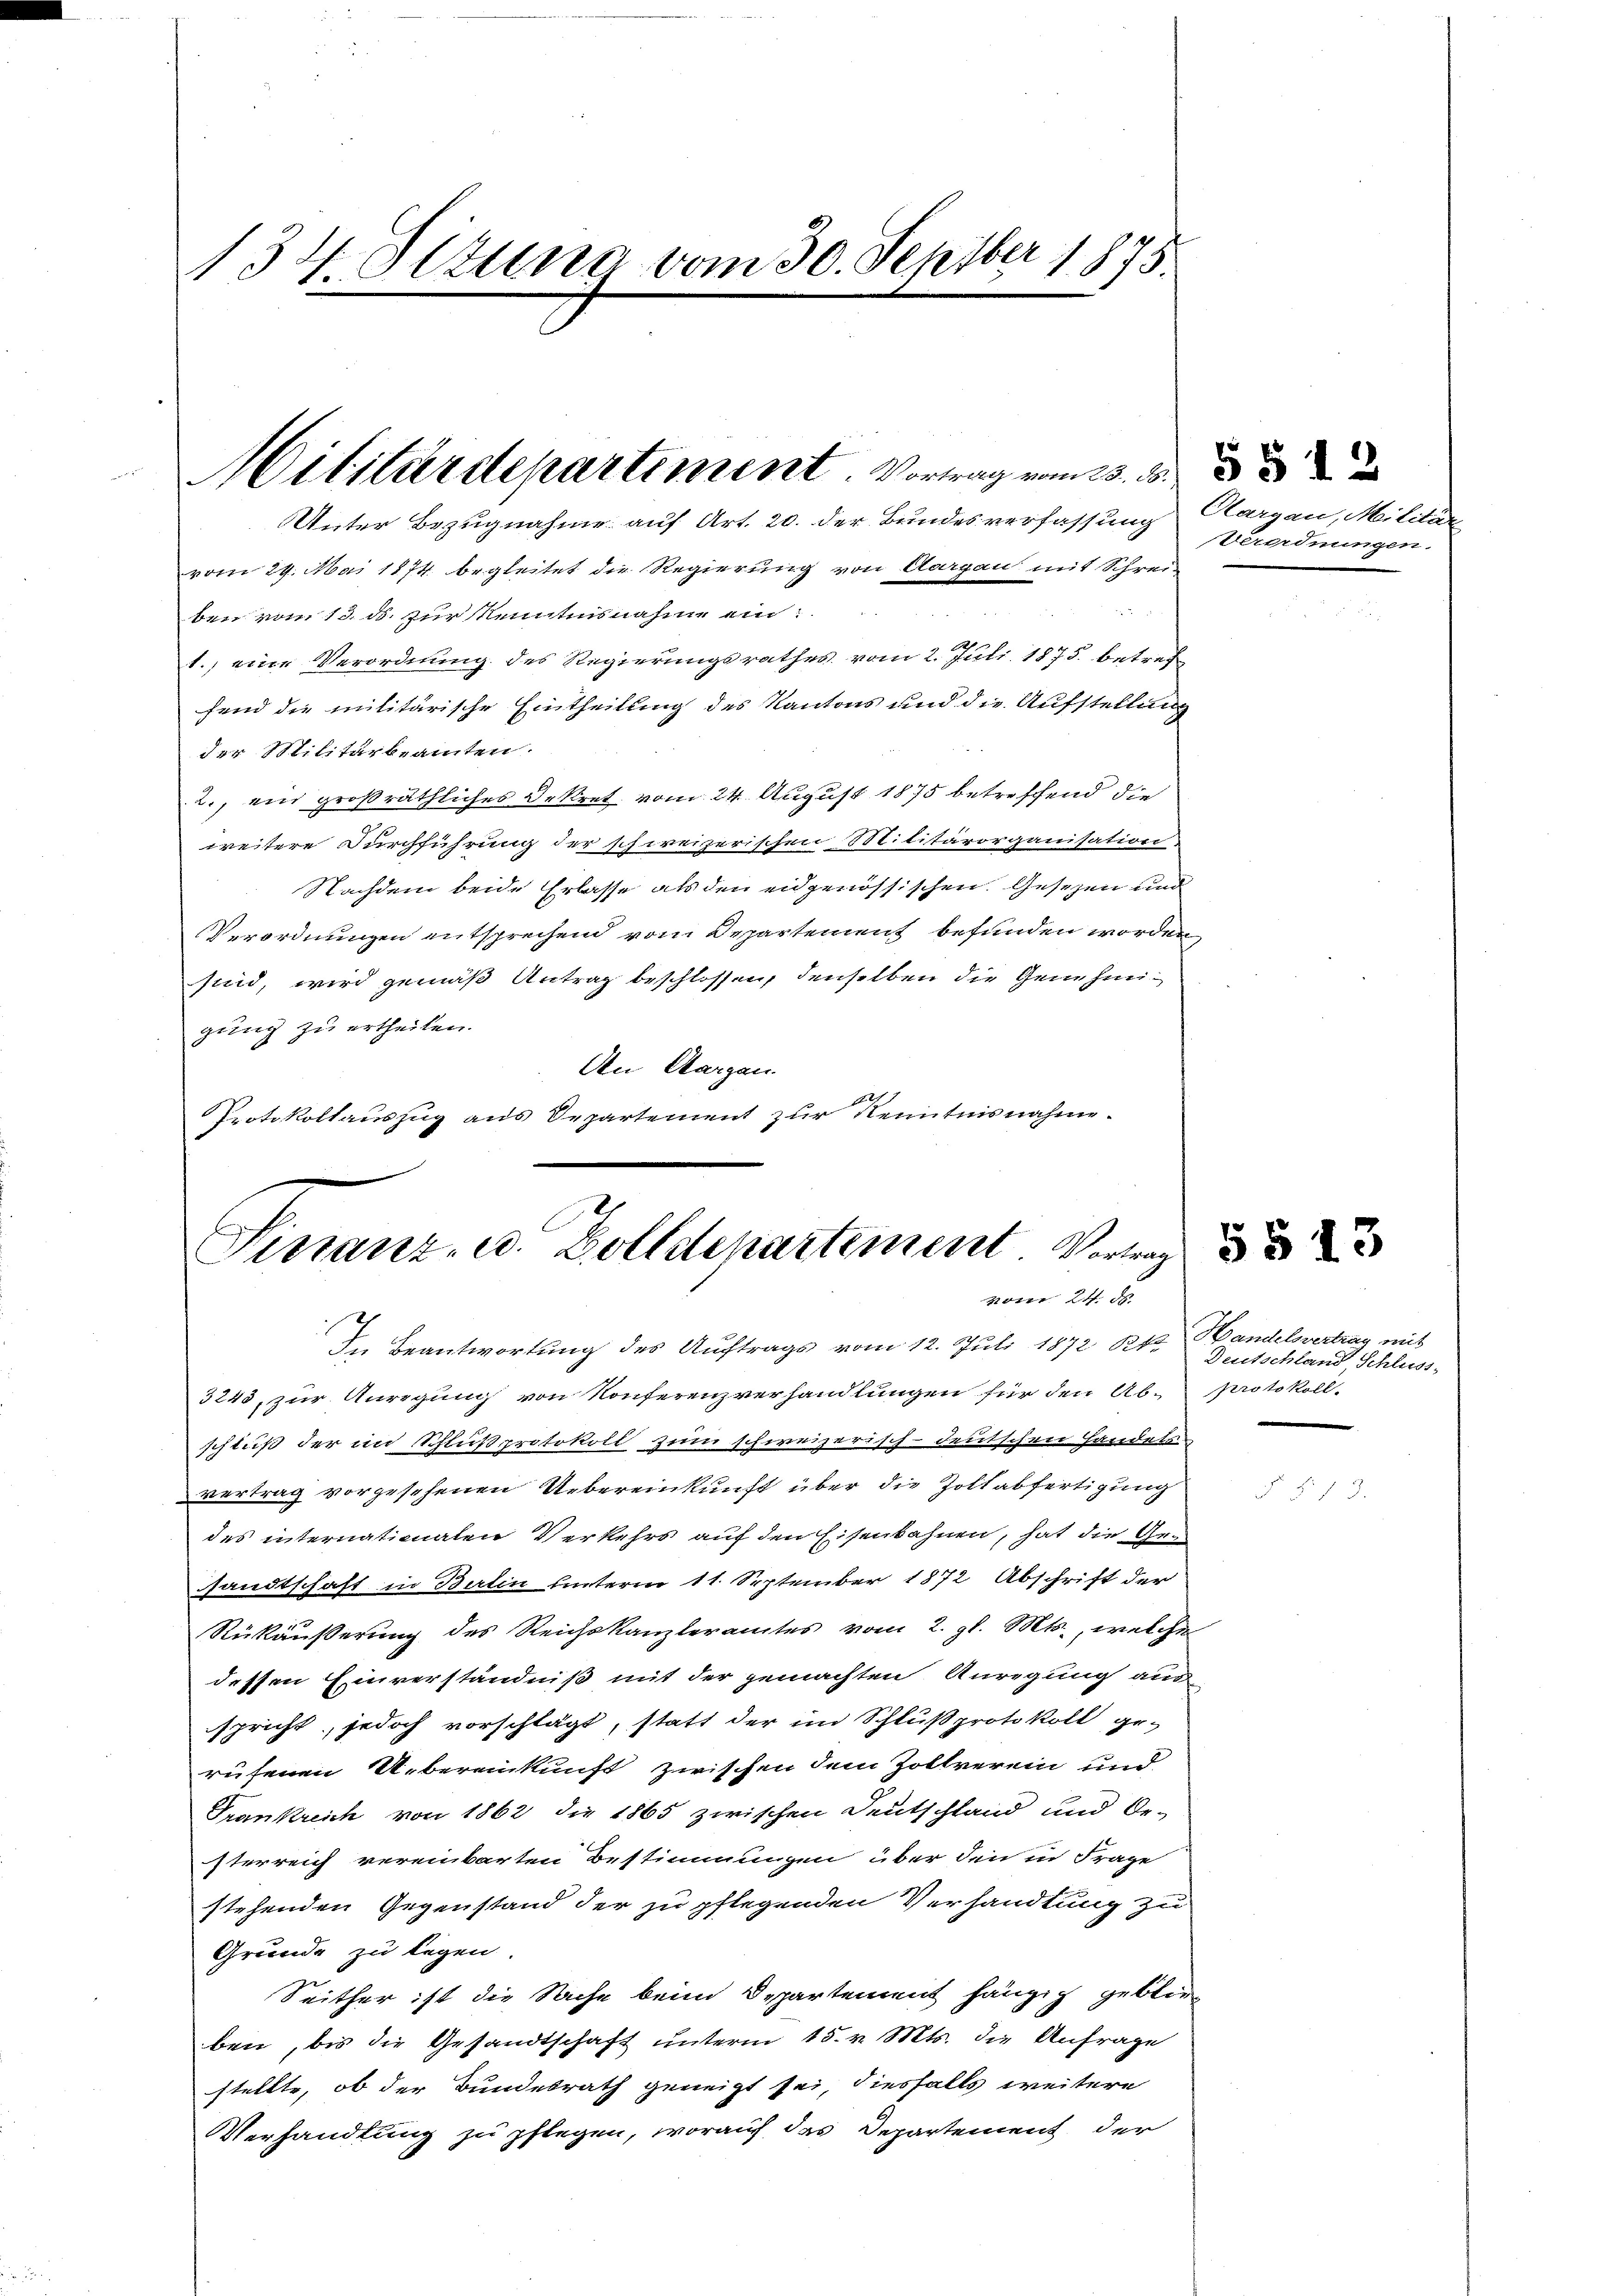
134. Altung vom 30. Septber 1875.

Unter Bezugnahme auf Art. 20. der Bundesverfassung
vom 29. Mai 1874 begleitet die Regierung von Aargau mit Schrei-

ben vom 13. ds. zur Kenntnisnahm ein:
1.) eine Verordnung des Regierungsrathes vom 2. Juli 1875. betreffend die militärische Eintheilung des Kantons und die Aufstellung
der Militärbeamten
2., ein großräthliches Dekret vom 24. August 1875 betreffend die
weitere Durchführung der schweizerischen Militärorganisation
Nachdem beide Erlasse als den eidgenössischen Gesetzen und
Verordnungen entsprechend vom Departement befunden worden,
sind, wird gemäß Antrag beschlossen, denselben die Genehmigung zu ertheilen.
An Aargau.
Protokollauszug aus Departement zur Kenntnisnahme-

Militärdepartiment. Vortrag vom 20. d. d. d

Sissanz- u. Zolldepartement Vortrag
vom 24. ds.
In Beantwortung des Auftrags vom 12. Juli 1872 Rt. Handelsvertrag mit

schluß der im Schlußprotokoll zum schweizerisch-deutschen Handels-
vertrag vorgesehenen Uebereinkunft über die Zollabfertigung
des internationalen Verkehrs auf den Eisenbahnen, hat die Gru
sandtschaft in Balin unterm 11. September 1872 Abschrift der
Rükäußerung des Reichskanzleramtes vom 2. gl. Mts., welches
dessen Einverständniß mit der gemachten Anregung aus
spricht, jedoch vorschlägt, statt der im Schlußprotokoll ge-
rufenen Uebereinkunft zwischen dem Zollverein und
Trankreich von 1862 die 1865 zwischen Deutschland und Oe-
sterreich vereinbarten Bestimmungen über den in Frage
stehenden Gegenstand der zu pflegenden Verhandlung zu
Gründe zu legen.
Seither ist die Sache beim Departement hängig geblie
ben, bis die Gesandtschaft unterm 15. v. Mts. die Anfrage
stellte, ob der Bundesrath geneigt sei, diesfalls weitere
Verhandlung zu pflegen, worauf das Departement der

3243, zur Anregung von Konferenzverhandlungen für den Ab- protokoll¬

Aargau, Militär-
Verordnungen.

Deutschland, Schluss,